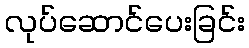
လုပ်ဆောင်ပေးခြင်း